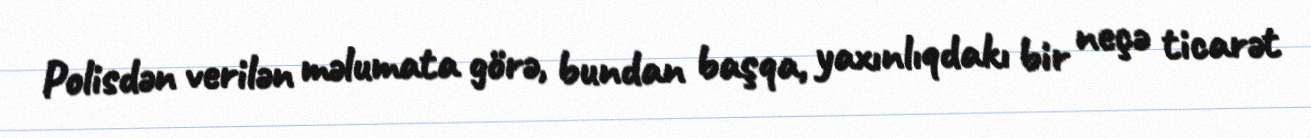
Polisdən verilən məlumata görə, bundan başqa, yaxınlıqdakı bir neçə ticarət